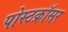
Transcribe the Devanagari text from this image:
पोस्टक्रॉसर